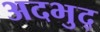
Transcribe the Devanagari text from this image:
अदभुद्